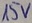
Text: 15V